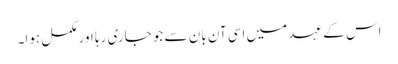
اس کے عہد میں اسی آن بان سے جو جاری رہا اور مکمل ہوا۔